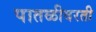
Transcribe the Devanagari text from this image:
पातळीवरती